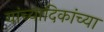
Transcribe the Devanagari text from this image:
यांच्यादिकांच्या